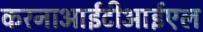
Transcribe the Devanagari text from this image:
करनाआईटीआईएल